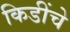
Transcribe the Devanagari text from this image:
किडींचे